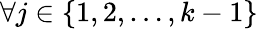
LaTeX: \forall j\in\{ 1,2,\ldots,k-1\}